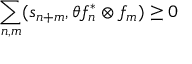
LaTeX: \sum _ { n , m } ( s _ { n + m } , \theta f _ { n } ^ { \ast } \otimes f _ { m } ) \geq 0